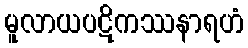
မူလာယပဋိကဿနာရဟံ